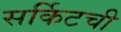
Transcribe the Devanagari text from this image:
सर्किटची